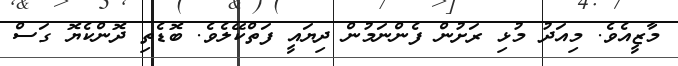
މާޒީއެވެ. މިއަދު މުޅި ރަށުން ފެންނަމުން ދިޔައީ ފަތްކޭލެވެ. ބޮޑެތި ދޮންކެޔޮ ގަސް